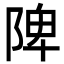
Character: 陴